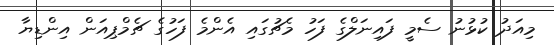
މިއަދު ކުޅުނު ސެމީ ފައިނަލްގެ ފަހު މެޗުގައި އެންމެ ފަހުގެ ޗެމްޕިއަން އިންޑިޔާ